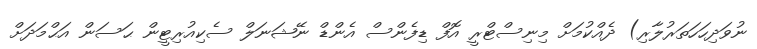
ނުވަދިހަހަތަރުލާރި) ދެއްކުމަށް މިނިސްޓްރީ އޮފް ޑިފެންސް އެންޑް ނޭޝަނަލް ސެކިއުރިޓީން ޙަސަން އަޙްމަދަށް